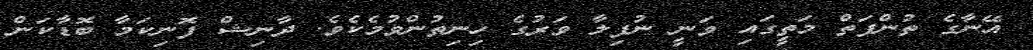
އޭނާގެ ތުންފަތް މަތީގައި ވަނީ ނުފިލާ ވަރުގެ ހިނިތުންވުމެކެވެ. ދާނިޝް ފޮނިކަމާ ބޮޑާކަން